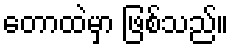
တောထဲမှာ ဖြစ်သည်။